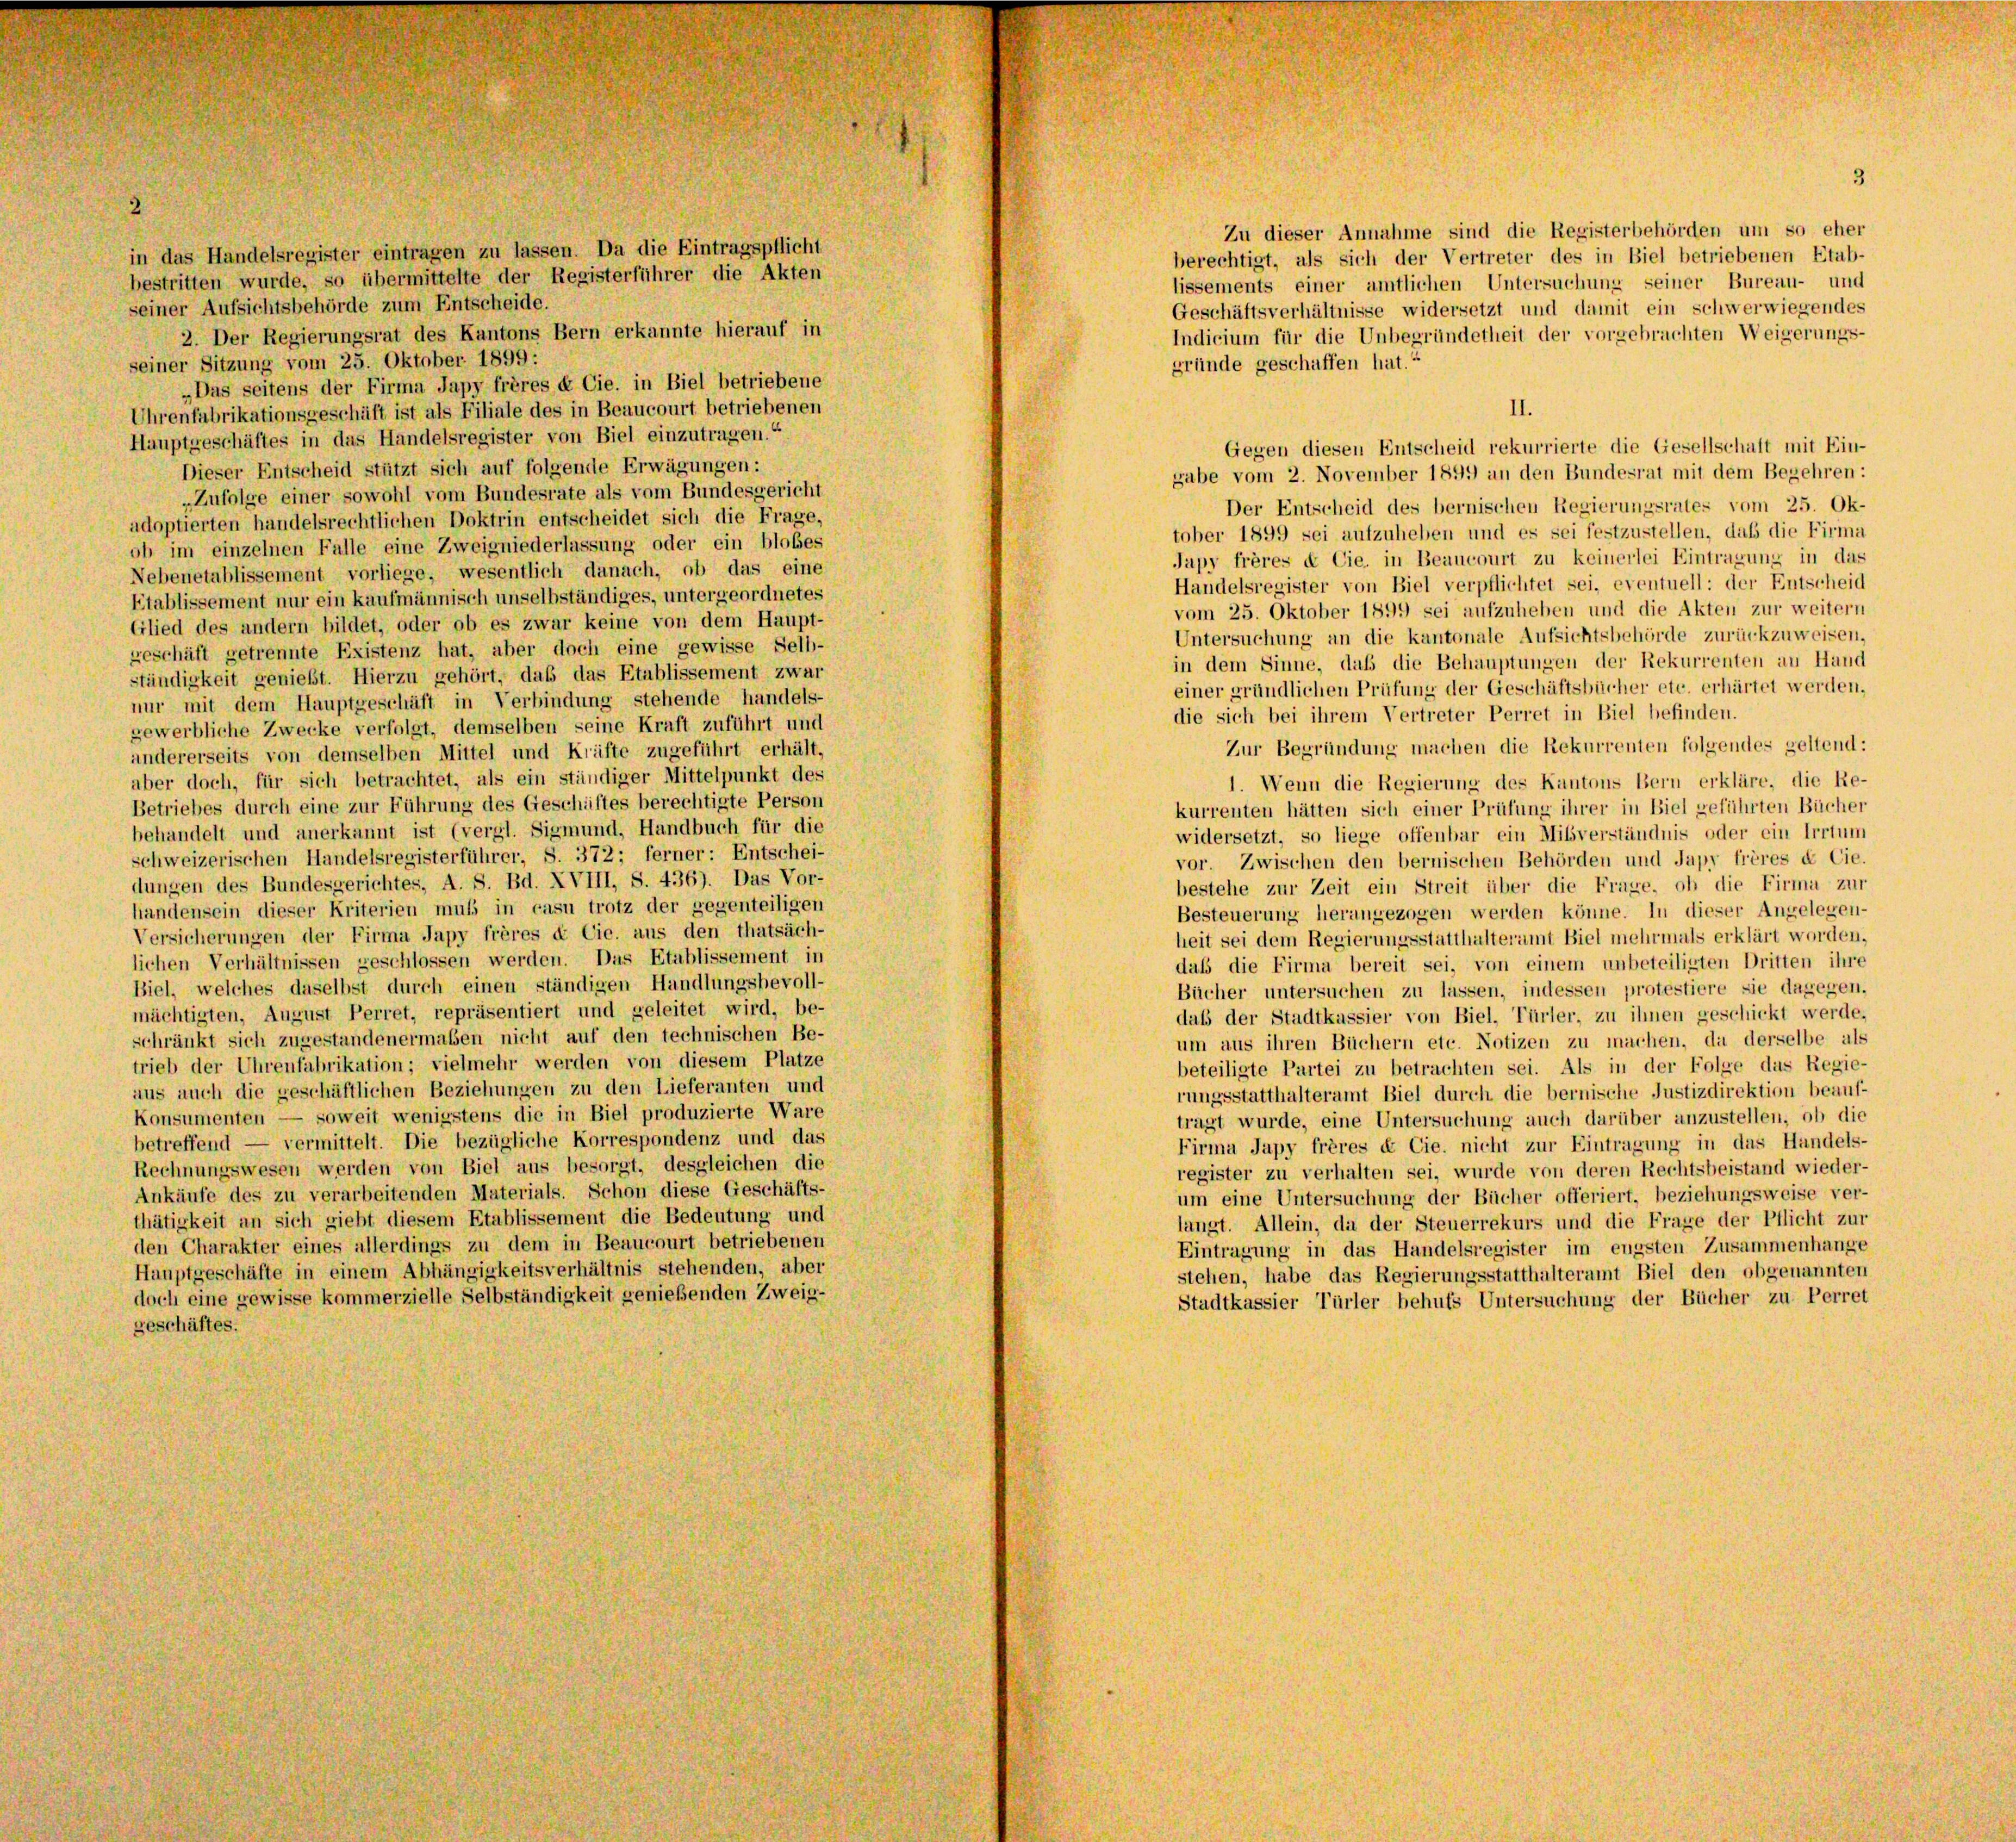
in das Handelsregister eintragen zu lassen. Da die Eintragspflicht
bestritten wurde, so übermittelte der Registerführer die Akten
seiner Aufsichtsbehörde zum Entscheide.
2. Der Regierungsrat des Kantons Bern erkannte hierauf in
seiner Sitzung vom 25. Oktober 1899 :
„Das seitens der Firma Japy frères & Cie. in Biel betriebene
Uhrenfabrikationsgeschäft ist als Filiale des in Beaucourt betriebenen
Hauptgeschäftes in das Handelsregister von Biel einzutragen.“
Dieser Entscheid stützt sich auf folgende Erwägungen:
„Zufolge einer sowohl vom Bundesrate als vom Bundesgericht
adoptierten handelsrechtlichen Doktrin entscheidet sich die Frage,
ob im einzelnen Falle eine Zweigniederlassung oder ein blobes
Nebenetablissement vorliege, wesentlich danach, ob das eine
Etablissement nur ein kaufmännisch unselbständiges, untergeordnetes
Glied des andern bildet, oder ob es zwar keine von dem Haupt-
geschäft getrennte Existenz hat, aber doch eine gewisse Selb-
ständigkeit genießt. Hierzu gehört, daß das Etablissement zwar
nur mit dem Hauptgeschäft in Verbindung stehende handels-
gewerbliche Zwecke verfolgt, demselben seine Kraft zuführt und
andererseits von demselben Mittel und Kräfte zugeführt erhält,
aber doch, für sich betrachtet, als ein ständiger Mittelpunkt des
Betriebes durch eine zur Führung des Geschäftes berechtigte Person
behandelt und anerkannt ist (vergl. Sigmund, Handbuch für die
schweizerischen Handelsregisterführer, S. 372; ferner: Entschei-
dungen des Bundesgerichtes, A. S. Bd. XVIII, S. 436). Das Vor-
handensein dieser Kriterien muß in casu trotz der gegenteiligen
Versicherungen der Firma Japy frères & Cie. aus den thatsäch-
lichen Verhältnissen geschlossen werden. Das Etablissement in
Biel, welches daselbst durch einen ständigen Handlungsbevoll-
mächtigten, August Perret, repräsentiert und geleitet wird, be-
schränkt sich zugestandenermalen nicht auf den technischen Be-
trieb der Uhrenfabrikation; vielmehr werden von diesem Platze
aus auch die geschäftlichen Beziehungen zu den Lieferanten und
Konsumenten — soweit wenigstens die in Biel produzierte Ware
betreffend — vermittelt. Die bezügliche Korrespondenz und das
Rechnungswesen werden von Biel aus besorgt, desgleichen die
Ankäufe des zu verarbeitenden Materials. Schon diese Geschäfts-
thätigkeit an sich giebt diesem Etablissement die Bedeutung und
den Charakter eines allerdings zu dem in Beaucourt betriebenen
Hauptgeschäfte in einem Abhängigkeitsverhältnis stehenden, aber
doch eine gewisse kommerzielle Selbständigkeit genießenden Zweig-
geschäftes.

Zu dieser Annahme sind die Registerbehörden um so eher
berechtigt, als sich der Vertreter des in Biel betriebenen Etab-
lissements einer amtlichen Untersuchung seiner Bureau- und
Geschäftsverhältnisse widersetzt und damit ein schwerwiegendes
Indicium für die Unbegründetheit der vorgebrachten Weigerungs-
gründe geschaffen hat.“
II.
Gegen diesen Entscheid rekurrierte die Gesellschaft mit Ein-
gabe vom 2. November 1899 an den Bundesrat mit dem Begehren:
Der Entscheid des bernischen Regierungsrates vom 25. Ok-
tober 1899 sei aufzuheben und es sei festzustellen, daß die Firma
Japy frères & Cie, in Beaucourt zu keinerlei Eintragung in das
Handelsregister von Biel verpflichtet sei, eventuell: der Entscheid
vom 25. Oktober 1899 sei aufzuheben und die Akten zur weitern
Untersuchung an die kantonale Aufsichtsbehörde zurückzuweisen,
in dem Sinne, daß die Behauptungen der Rekurrenten an Hand
einer gründlichen Prüfung der Geschäftsbücher etc. erhärtet werden,
die sich bei ihrem Vertreter Perret in Biel befinden.
Zur Begründung machen die Rekurrenten folgendes geltend:
1. Wenn die Regierung des Kantons Bern erkläre, die Re-
kurrenten hätten sich einer Prüfung ihrer in Biel geführten Bücher
widersetzt, so liege offenbar ein Mißverständnis oder ein Irrtum
vor. Zwischen den bernischen Behörden und Japy frères de Cie.
bestehe zur Zeit ein Streit über die Frage, ob die Firma zur
Besteuerung herangezogen werden könne. In dieser Angelegen-
heit sei dem Regierungsstatthalteramt Biel mehrmals erklärt worden,
daß die Firma bereit sei, von einem unbeteiligten Dritten ihre
Bücher untersuchen zu lassen, indessen protestiere sie dagegen.
daß der Stadtkassier von Biel, Türler, zu ihnen geschickt werde,
um aus ihren Büchern etc. Notizen zu machen, da derselbe als
beteiligte Partei zu betrachten sei. Als in der Folge das Regie-
rungsstatthalteramt Biel durch die bernische Justizdirektion beauf-
tragt wurde, eine Untersuchung auch darüber anzustellen, ob die
Firma Japy frères & Cie. nicht zur Eintragung in das Handels-
register zu verhalten sei, wurde von deren Rechtsbeistand wieder-
um eine Untersuchung der Bücher offeriert, beziehungsweise ver-
langt. Allein, da der Steuerrekurs und die Frage der Pflicht zur
Eintragung in das Handelsregister im engsten Zusammenhange
stehen, habe das Regierungsstatthalteramt Biel den obgenannten
Stadtkassier Türler behufs Untersuchung der Bücher zu Perret